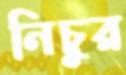
নিচুর